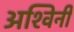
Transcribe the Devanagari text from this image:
अश्‍विनी